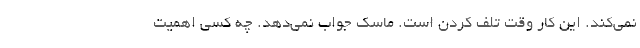
نمی‌کند. این کار وقت تلف کردن است. ماسک جواب نمی‌دهد. چه کسی اهمیت